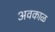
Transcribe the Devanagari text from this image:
अवकाळ